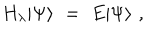
H _ { \lambda } | \Psi \rangle \, \, = \, \, E | \Psi \rangle \, \, ,